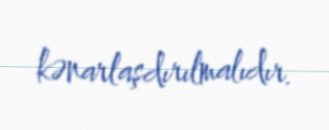
kənarlaşdırılmalıdır.